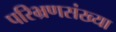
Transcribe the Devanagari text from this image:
परिभ्रणसंख्या